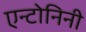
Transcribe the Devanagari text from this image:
एन्टोनिनी